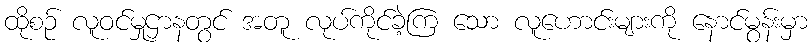
ထိုစဉ် လူဝင်မှုဌာနတွင် အတူ လုပ်ကိုင်ခဲ့ကြ သော လူဟောင်းများကို နောင်မွန်းမှာ